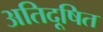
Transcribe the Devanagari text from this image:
अतिदूषित